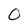
Character: O